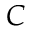
\boldsymbol { C }